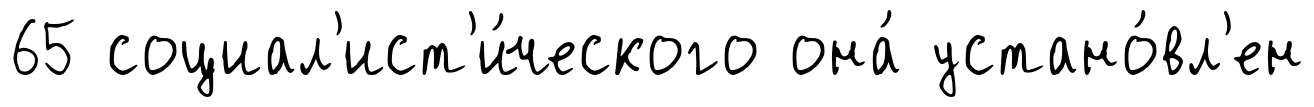
65 социал'ист'и́ческого она́ устано́вл'ен